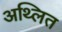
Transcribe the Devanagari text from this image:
अथ्लित